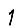
Digit: 1